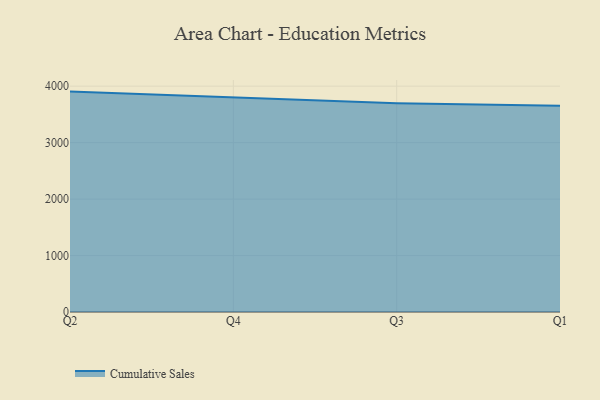
{"axis": {"x": "Quarter", "y": "Humidity (%)"}, "legend": ["Cumulative Sales"], "data": [{"x": "Q2", "y": 3903.9, "type": "Cumulative Sales"}, {"x": "Q4", "y": 3807.6, "type": "Cumulative Sales"}, {"x": "Q3", "y": 3698.4, "type": "Cumulative Sales"}, {"x": "Q1", "y": 3652.2, "type": "Cumulative Sales"}]}